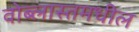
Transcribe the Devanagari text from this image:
वोब्लास्तमधील